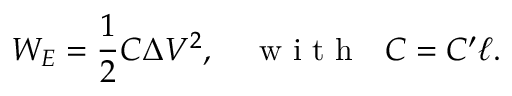
W _ { E } = \frac { 1 } { 2 } C \Delta V ^ { 2 } , \quad \textrm { w i t h ~ } C = C ^ { \prime } \ell .